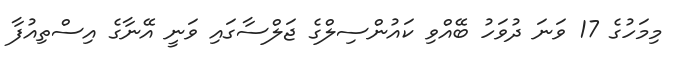
މިމަހުގެ 17 ވަނަ ދުވަހު ބޭއްވި ކައުންސިލްގެ ޖަލްސާގައި ވަނީ އޭނާގެ އިސްތިއުފާ